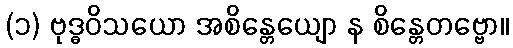
(၁) ဗုဒ္ဓဝိသယော အစိန္တေယျော န စိန္တေတဗ္ဗော။